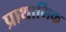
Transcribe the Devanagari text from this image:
प्राथामिक